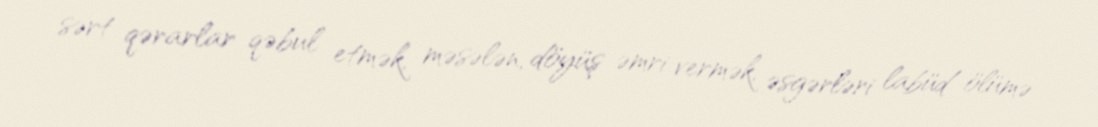
sərt qərarlar qəbul etmək, məsələn, döyüş əmri vermək, əsgərləri labüd ölümə